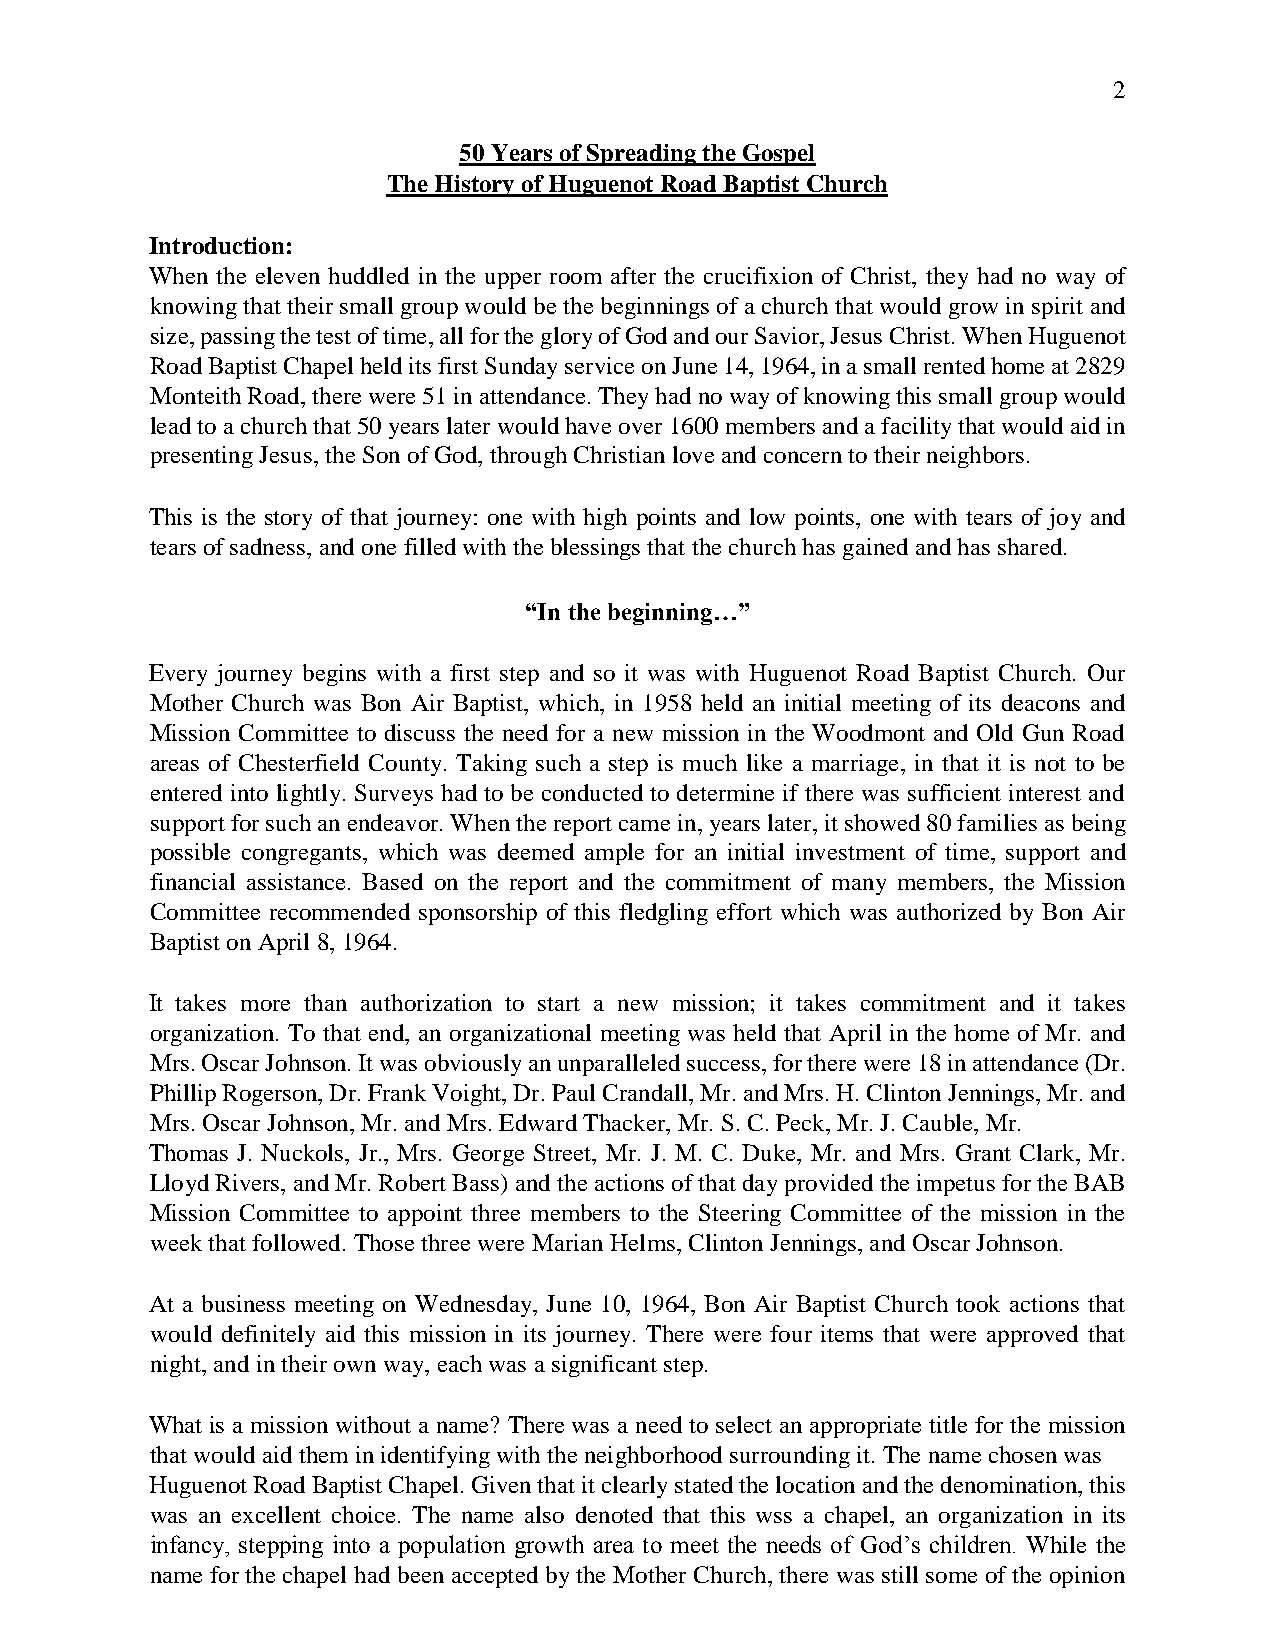
2
 50 Years of Spreading the Gospel
 The History of Huguenot Road Baptist Church
 Introduction:
 When the eleven huddled in the upper room after the crucifixion of Christ, they had no way of
 knowing that their small group would be the beginnings of a church that would grow in spirit and
 size, passing the test of time, all for the glory of God and our Savior, Jesus Christ. When Huguenot
 Road Baptist Chapel held its first Sunday service on June 14, 1964, in a small rented home at 2829
 Monteith Road, there were 51 in attendance. They had no way of knowing this small group would
 lead to a church that 50 years later would have over 1600 members and a facility that would aid in
 presenting Jesus, the Son of God, through Christian love and concern to their neighbors.
 This is the story of that journey: one with high points and low points, one with tears of joy and
 tears of sadness, and one filled with the blessings that the church has gained and has shared.
 “In the beginning…”
 Every journey begins with a first step and so it was with Huguenot Road Baptist Church. Our
 Mother Church was Bon Air Baptist, which, in 1958 held an initial meeting of its deacons and
 Mission Committee to discuss the need for a new mission in the Woodmont and Old Gun Road
 areas of Chesterfield County. Taking such a step is much like a marriage, in that it is not to be
 entered into lightly. Surveys had to be conducted to determine if there was sufficient interest and
 support for such an endeavor. When the report came in, years later, it showed 80 families as being
 possible congregants, which was deemed ample for an initial investment of time, support and
 financial assistance. Based on the report and the commitment of many members, the Mission
 Committee recommended sponsorship of this fledgling effort which was authorized by Bon Air
 Baptist on April 8, 1964.
 It takes more than authorization to start a new mission; it takes commitment and it takes
 organization. To that end, an organizational meeting was held that April in the home of Mr. and
 Mrs. Oscar Johnson. It was obviously an unparalleled success, for there were 18 in attendance (Dr.
 Phillip Rogerson, Dr. Frank Voight, Dr. Paul Crandall, Mr. and Mrs. H. Clinton Jennings, Mr. and
 Mrs. Oscar Johnson, Mr. and Mrs. Edward Thacker, Mr. S. C. Peck, Mr. J. Cauble, Mr.
 Thomas J. Nuckols, Jr., Mrs. George Street, Mr. J. M. C. Duke, Mr. and Mrs. Grant Clark, Mr.
 Lloyd Rivers, and Mr. Robert Bass) and the actions of that day provided the impetus for the BAB
 Mission Committee to appoint three members to the Steering Committee of the mission in the
 week that followed. Those three were Marian Helms, Clinton Jennings, and Oscar Johnson.
 At a business meeting on Wednesday, June 10, 1964, Bon Air Baptist Church took actions that
 would definitely aid this mission in its journey. There were four items that were approved that
 night, and in their own way, each was a significant step.
 What is a mission without a name? There was a need to select an appropriate title for the mission
 that would aid them in identifying with the neighborhood surrounding it. The name chosen was
 Huguenot Road Baptist Chapel. Given that it clearly stated the location and the denomination, this
 was an excellent choice. The name also denoted that this wss a chapel, an organization in its
 infancy, stepping into a population growth area to meet the needs of God’s children. While the
 name for the chapel had been accepted by the Mother Church, there was still some of the opinion